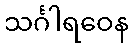
သင်္ဂါရဝေန